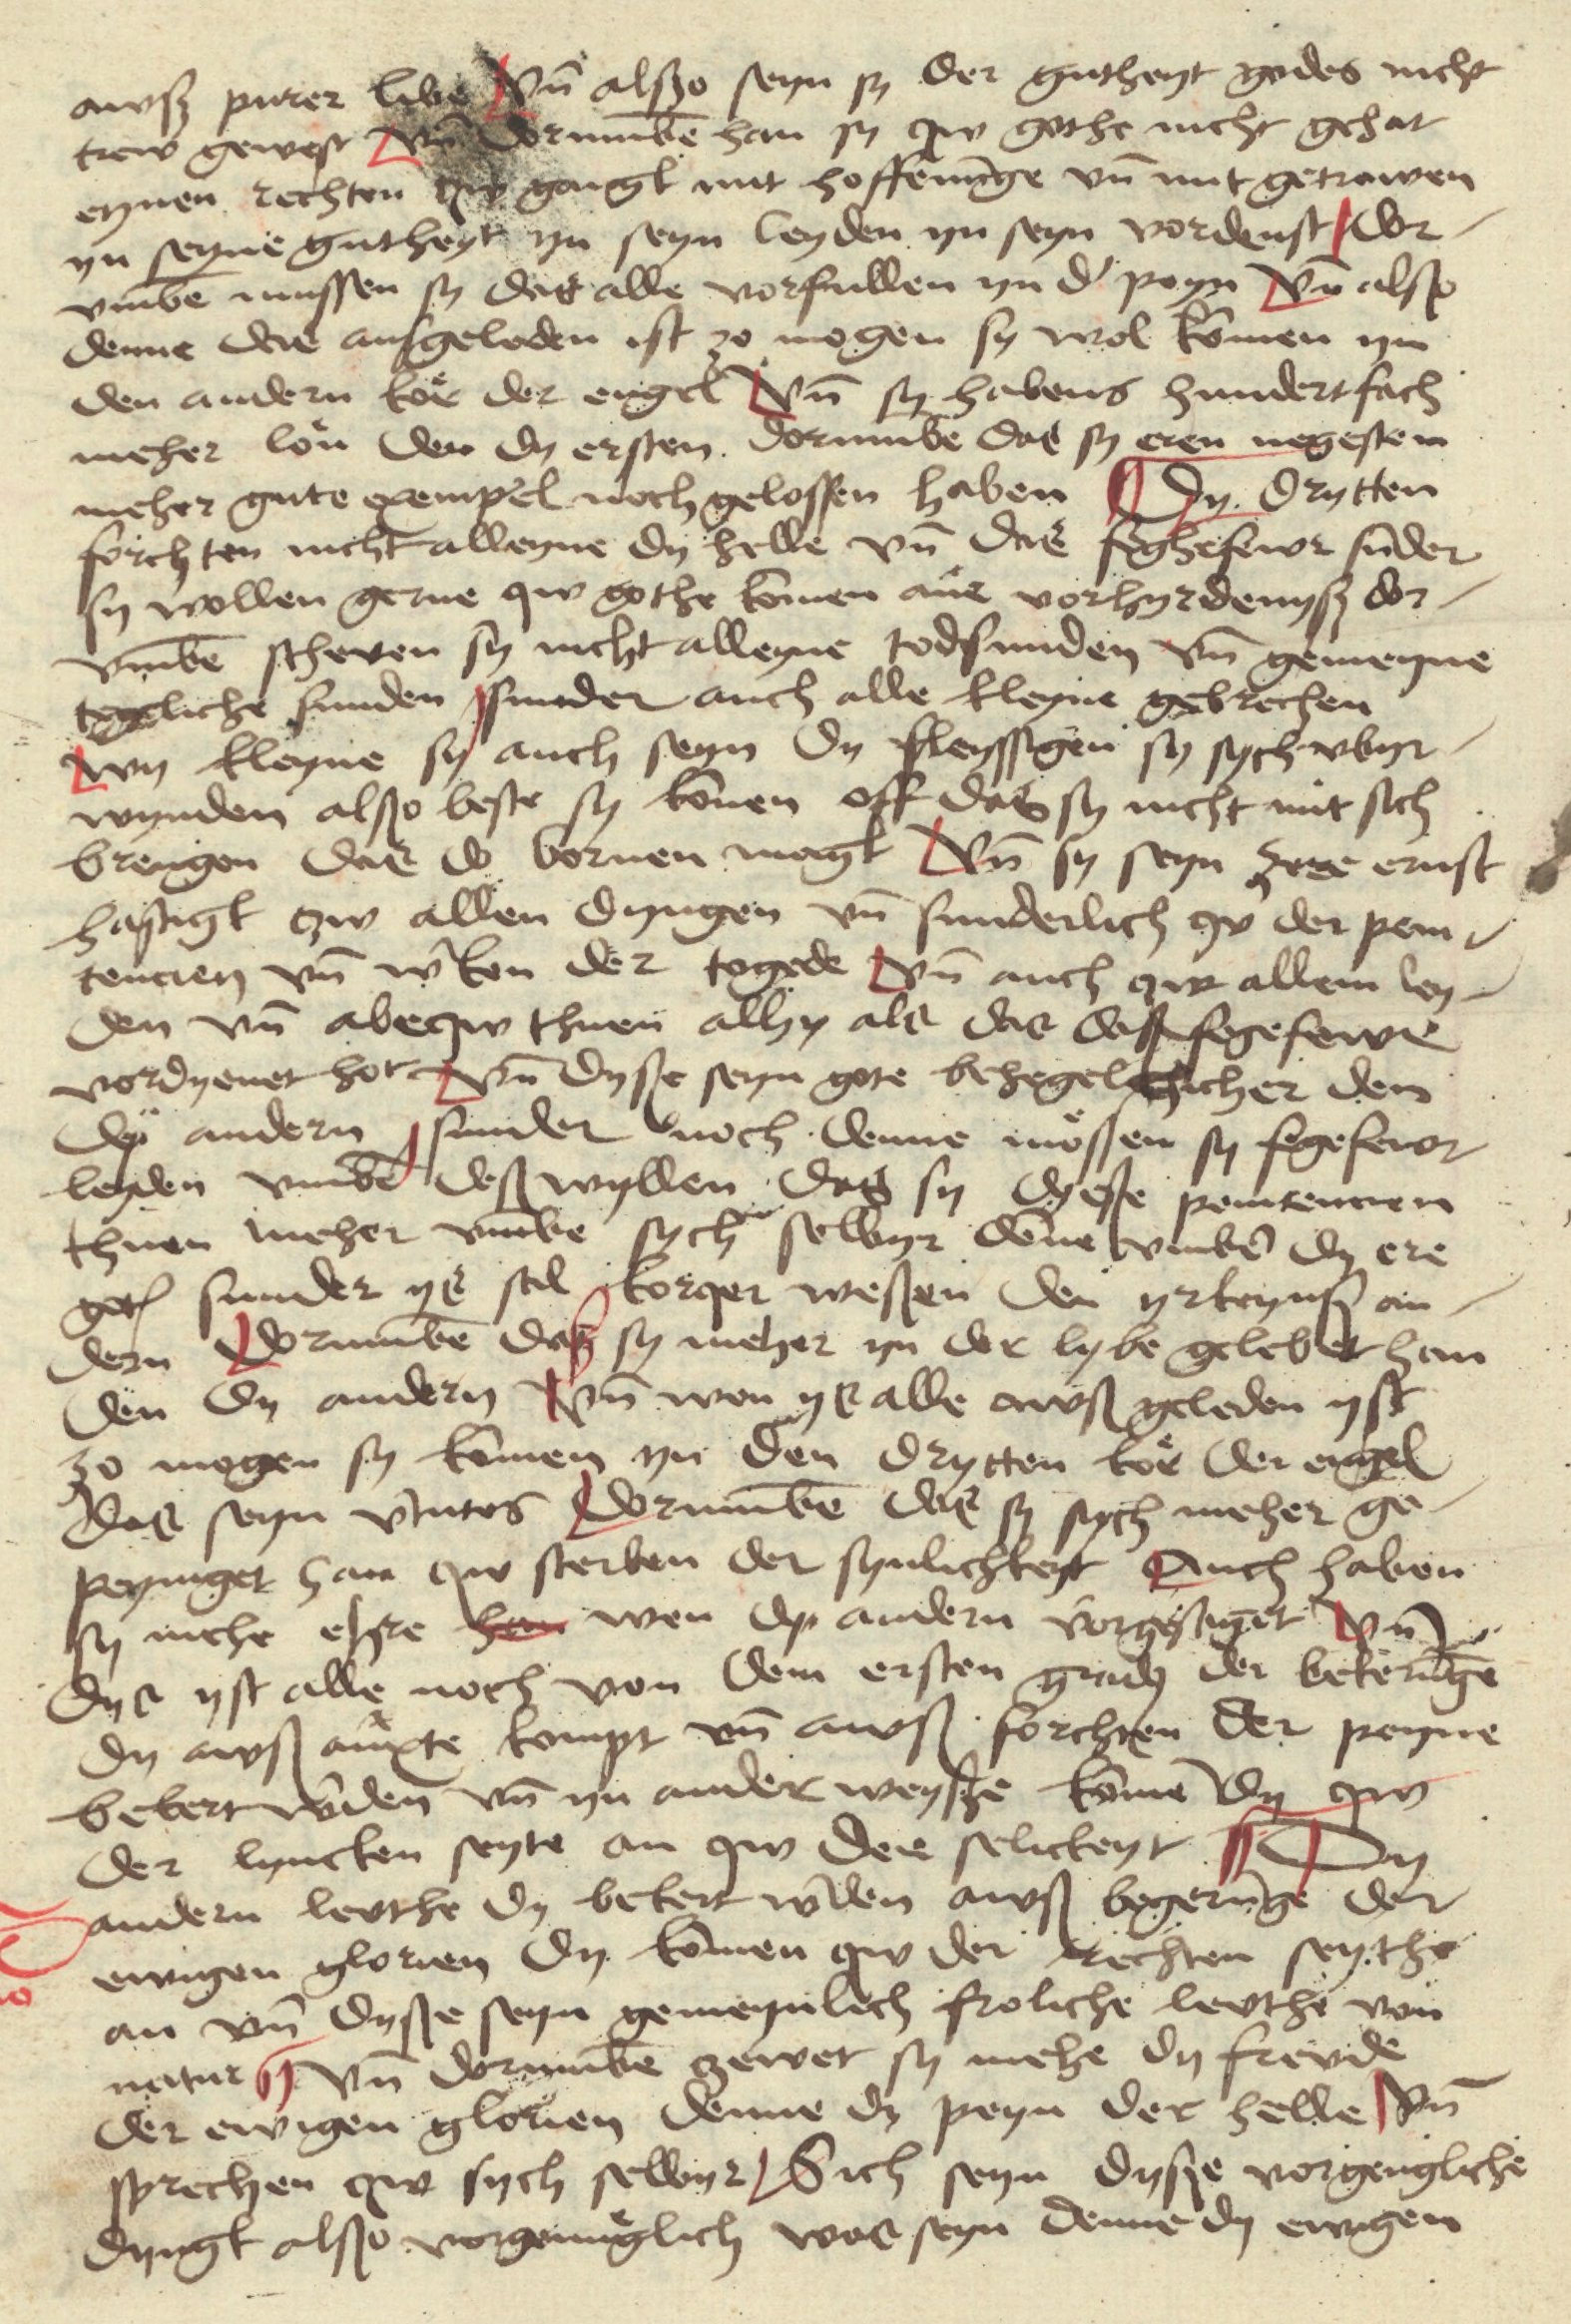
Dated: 1480–1499